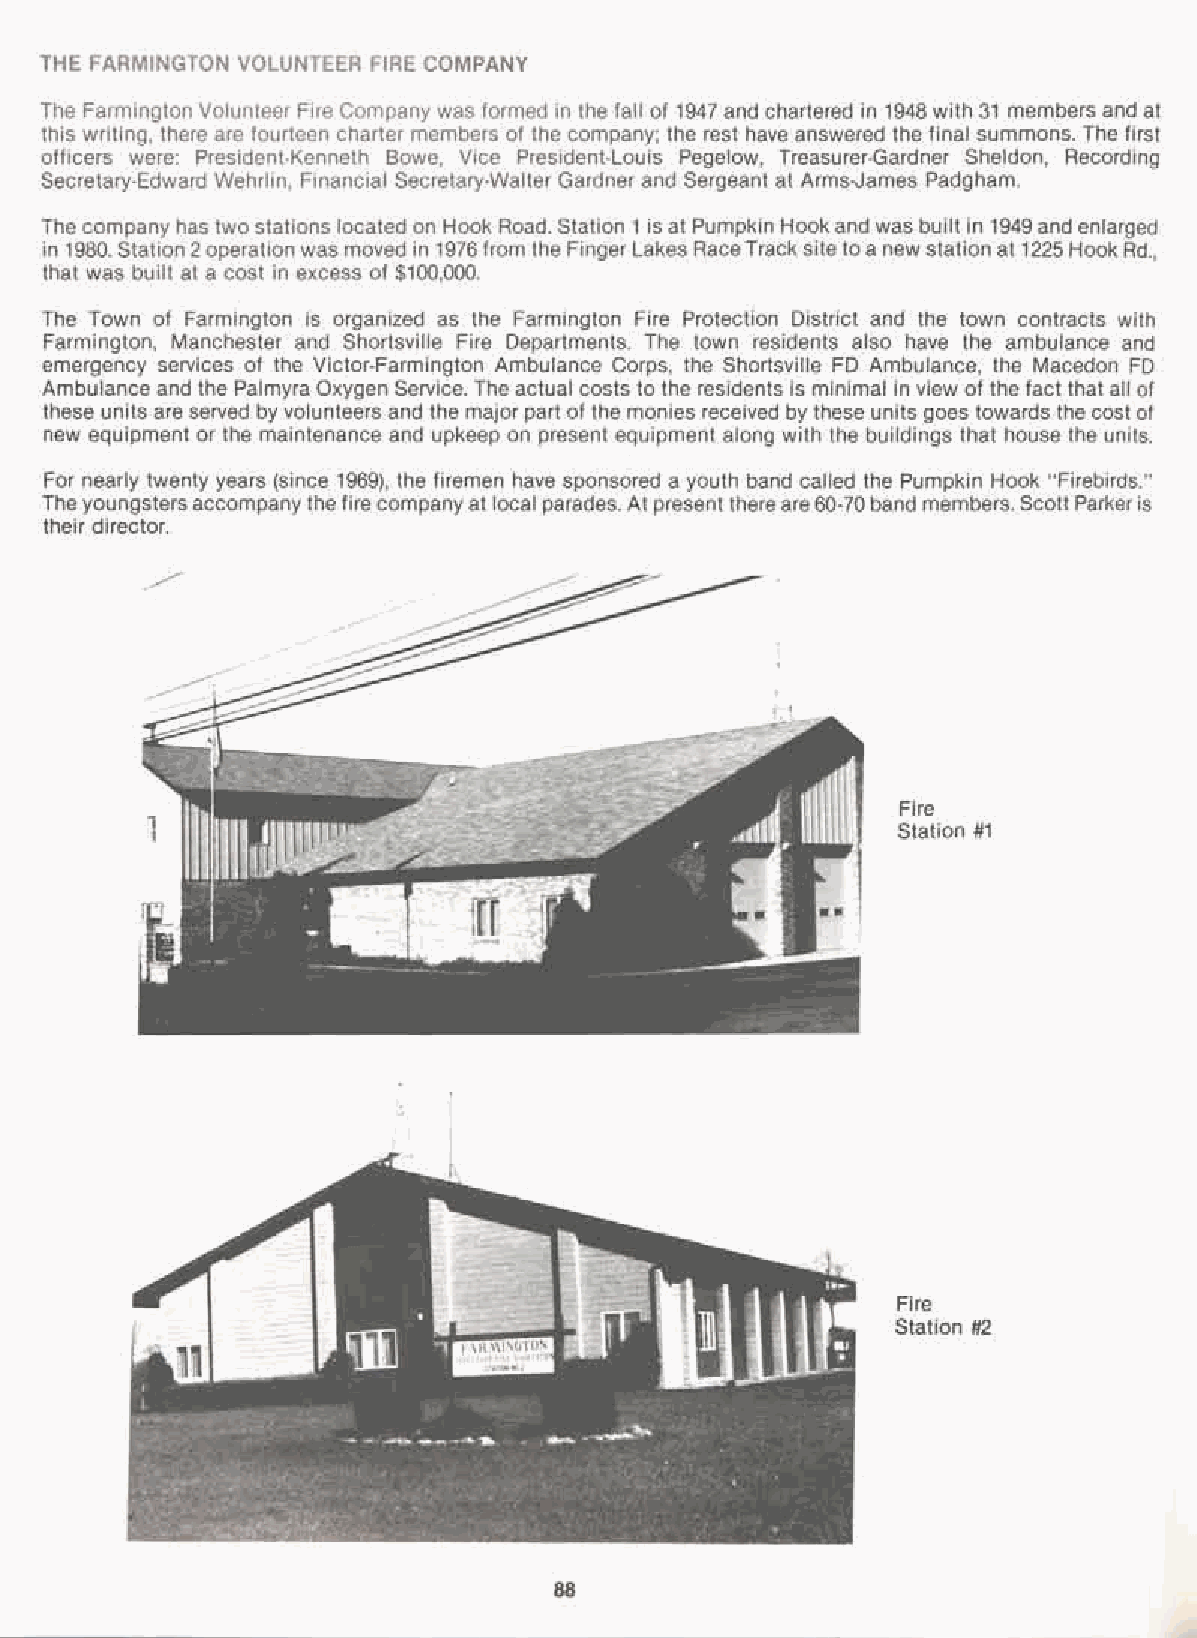
THE FARMINGTON VOLUNTEER FIRE COMPANY
 The Farmington Volunteer Fire Company was formed in the fall of 1947 and chartered in 1948 with 31 members and at
 this writing, there are fourteen charter members of the company; the rest have answered the final summons. The first
 officers were: President-Kenneth Bowe, Vice President-Louis Pegelow, Treasurer-Gardner Sheldon, Recording
 Secretary-Edward Wehrlin, Financial Secretary-Walter Gardner and Sergeant at Arms-James Padgham.
 The company has two stations located on Hook Road. Station 1 is at Pumpkin Hookand was built in 1949 and enlarged
 in 1980. Station 2 operation was moved in 1976from the Finger Lakes RaceTrack site to a new station at 1225 Hook Rd.,
 that was built at a cost in excess of $100,000.
 The Town of Farmington is organized as the Farmington Fire Protection District and the town contracts with
 Farmington, Manchester and Shortsville Fire Departments. The town residents also have the ambulance and
 emergency services of the Victor-Farmington Ambulance Corps, the Shortsville FD Ambulance, the Macedon FD
 Ambulance and the Palmyra Oxygen Service. The actual costs to the residents is minimal in view of the fact that all of
 these units are served by volunteers and the major part of the monies received by these units goes towards the cost of
 new equipment or the maintenance and upkeep on present equipment along with the buildings that house the units.
 For nearly twenty years (since 1969), the firemen have sponsored a youth band called the Pumpkin Hook "Firebirds."
 Theyoungstersaccompanythe fire companyat local parades. At presentthereare60-70band members. Scott Parkeris
 their director.
 Fire
 Station #1
 I.
 Fire
 Station #2
 88